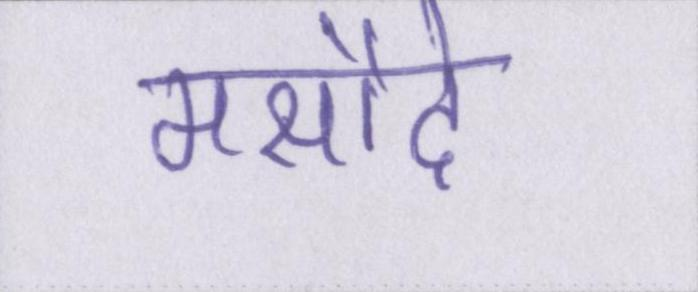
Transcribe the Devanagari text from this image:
मसौदे